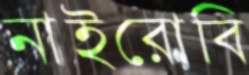
নাইরোবি